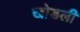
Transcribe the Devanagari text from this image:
खोडली